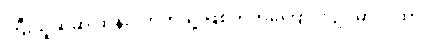
ကြီးသူဆဲဆို ထန်းငုတ်တိုသို့ ဖြစ်တတ်ကြောင်း ဥပမာ ဂါထာ